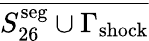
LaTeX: \overline{{S_{26}^{\mathrm{seg}}\cup\Gamma_{\mathrm{{shock}}}}}